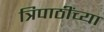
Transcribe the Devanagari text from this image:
त्रिपाठींच्या